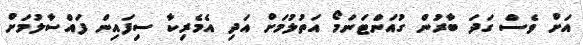
އަށް ވެސް ގަދަ ބާރުން ގުއަންޓަނަމޯ އަތުލުމަށް އަދި އެމެރިކާ ސިފައިން ފައްސާލުމަށް